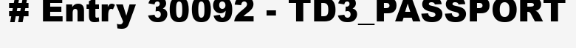
# Entry 30092 - TD3_PASSPORT